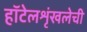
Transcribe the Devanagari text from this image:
हॉटेलशृंखलेची